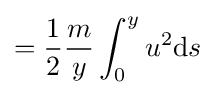
={\frac {1}{2}}{\frac {m}{y}}\int _{0}^{y}u^{2}\mathrm {d} s